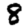
Digit: 8